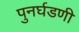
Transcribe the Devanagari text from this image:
पुनर्घडणी